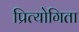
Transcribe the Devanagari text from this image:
प्रित्योगिता